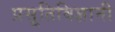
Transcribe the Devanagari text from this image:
प्रसूतिविज्ञानी